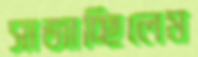
সাজাচ্ছিলেম